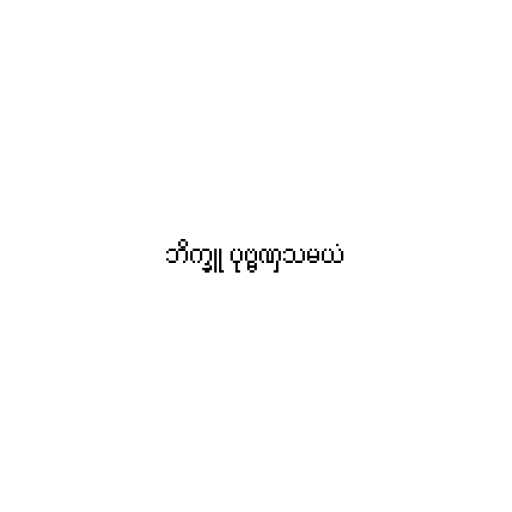
ဘိက္ခူ ပုဗ္ဗဏှသမယံ